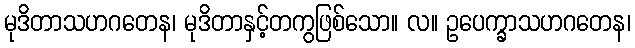
မုဒိတာသဟဂတေန၊ မုဒိတာနှင့်တကွဖြစ်သော။ လ။ ဥပေက္ခာသဟဂတေန၊